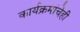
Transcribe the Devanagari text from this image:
कार्यक्रमांचेही